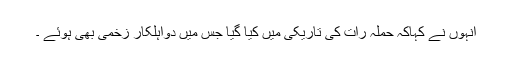
انہوں نے کہاکہ حملہ رات کی تاریکی میں کیا گیا جس میں دواہلکار زخمی بھی ہوئے ۔